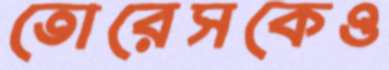
তোরেসকেও